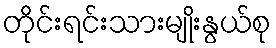
တိုင်းရင်းသားမျိုးနွယ်စု